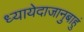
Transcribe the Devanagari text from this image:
ध्यायेदाजानुबाहुं